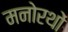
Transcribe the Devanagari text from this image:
मनोरथों